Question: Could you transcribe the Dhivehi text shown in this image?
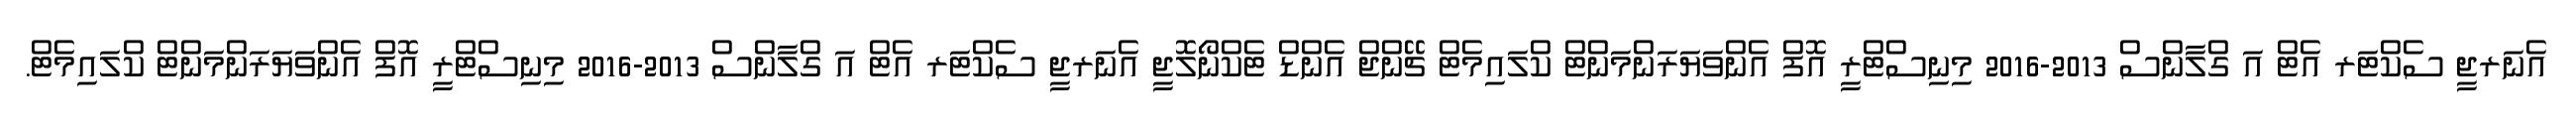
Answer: އެނަރޖީ ސެކްޓަރ އެޓް އަ ގްލާންސް 2013-2016 މިނިސްޓްރީ އޮފް އެންވަޔަރަންމަންޓް ކްލައިމެޓް ޗޭންޖް އެންޑް ޓެކްނޯލޮޖީ އެނަރޖީ ސެކްޓަރ އެޓް އަ ގްލާންސް 2013-2016 މިނިސްޓްރީ އޮފް އެންވަޔަރަންމަންޓް ކްލައިމެޓް.